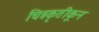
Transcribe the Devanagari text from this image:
चित्रकृतीकून